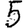
Digit: 5